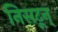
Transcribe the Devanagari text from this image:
निसटून्